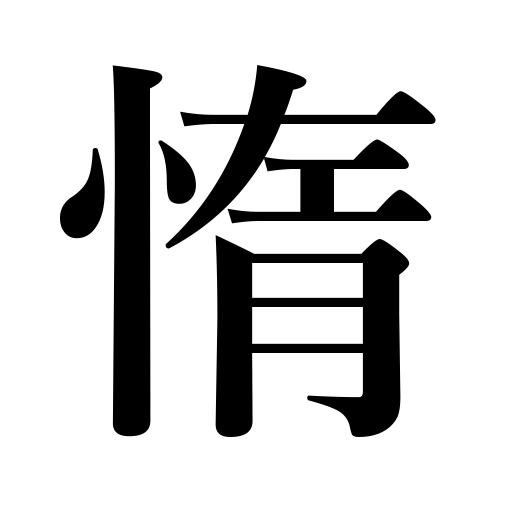
Meanings: laziness